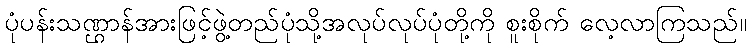
ပုံပန်းသဏ္ဌာန်အားဖြင့်ဖွဲ့တည်ပုံသို့အလုပ်လုပ်ပုံတို့ကို စူးစိုက် လေ့လာကြသည်။